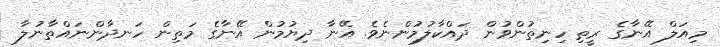
މިއަލް އޭނާގެ ރީތި ހިނިތުންވުން ދައްކާލުމުންނެވެ. އޭނާ ދިޔުމުން އޭނާގެ މަތިން ހަނދާންނައްތާނުލާ